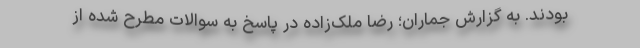
بودند. به گزارش جماران؛ رضا ملک‌‌زاده در پاسخ به سوالات مطرح شده از